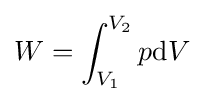
W=\int _{V_{1}}^{V_{2}}p\mathrm {d} V